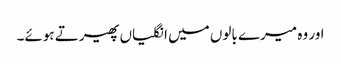
اور وہ میرے بالوں میں انگلیاں پھیرتے ہوئے۔